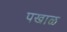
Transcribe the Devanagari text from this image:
पखाळ